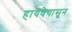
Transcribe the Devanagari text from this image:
हायवेपासून